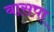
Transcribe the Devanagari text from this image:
बासपा